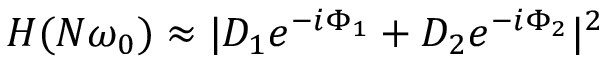
H ( N \omega _ { 0 } ) \approx | D _ { 1 } e ^ { - i \Phi _ { 1 } } + D _ { 2 } e ^ { - i \Phi _ { 2 } } | ^ { 2 }